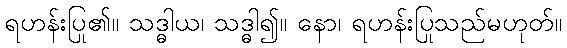
ရဟန်းပြု၏။ သဒ္ဓါယ၊ သဒ္ဓါ၍။ နော၊ ရဟန်းပြုသည်မဟုတ်။